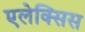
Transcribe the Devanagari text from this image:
एलेक्‍सिस